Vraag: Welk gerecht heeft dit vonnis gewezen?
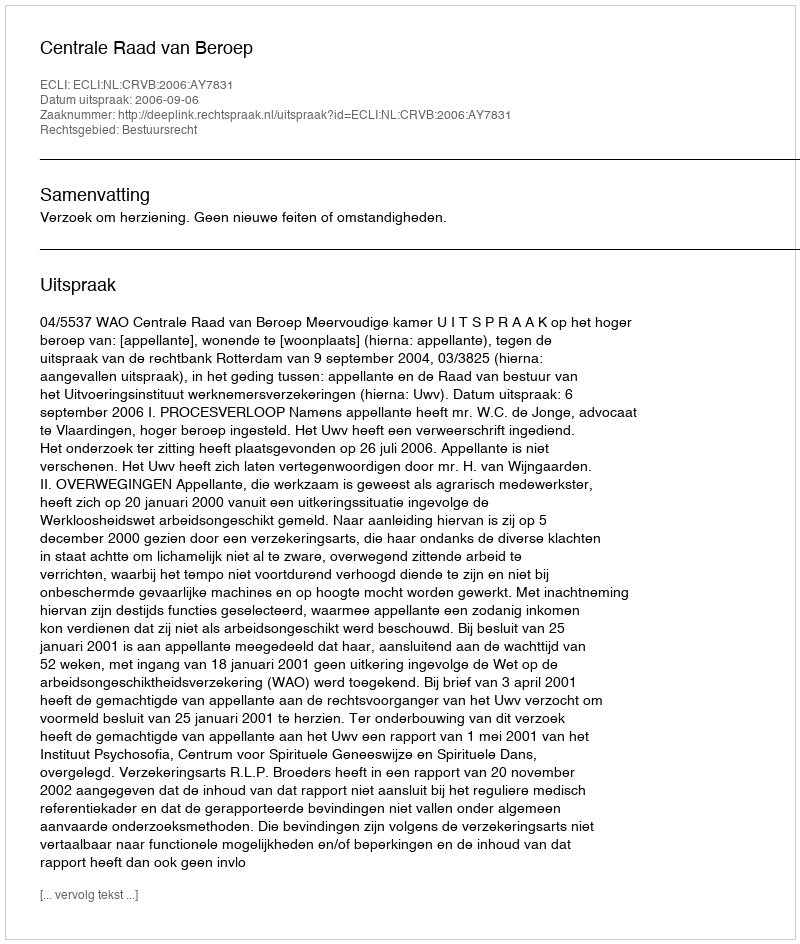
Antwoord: Centrale Raad van Beroep